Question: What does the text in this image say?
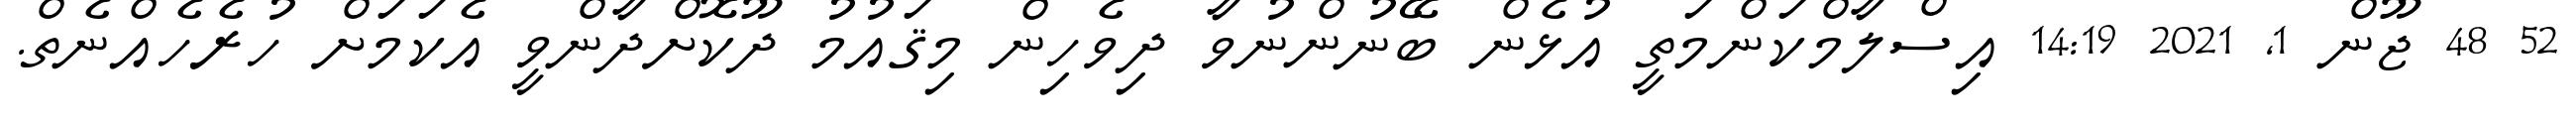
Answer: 52 48 ޖޫން 1, 2021 14:19 އިސްލާމްކަންމަތީ އުޅެން ބޭނުންނުވާ ދިވެހިން މިޤައުމު ދޫކޮށްދާންވީ އެކަމަށް ހުރެހެއްނެތް.